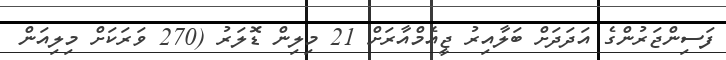
ފަސިންޖަރުންގެ އަދަދަށް ބަލާއިރު ޖީއެމްއާރަށް 21 މިލިން ޑޮލަރު (270 ވަރަކަށް މިލިއަން